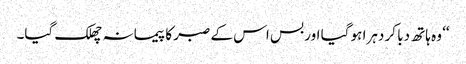
‘‘ وہ ہاتھ دبا کر دہرا ہو گیا اور بس اس کے صبر کا پیمانہ چھلک گیا۔